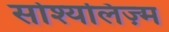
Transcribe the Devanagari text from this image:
सोश्यलिज़्म